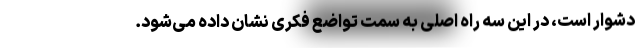
دشوار است، در این سه راه اصلی به سمت تواضع فکری نشان داده می‌شود.